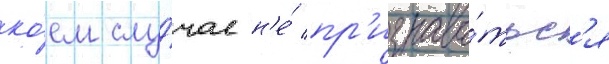
ко́ем слу́чае н'е́ пр'изнава́тьс'я